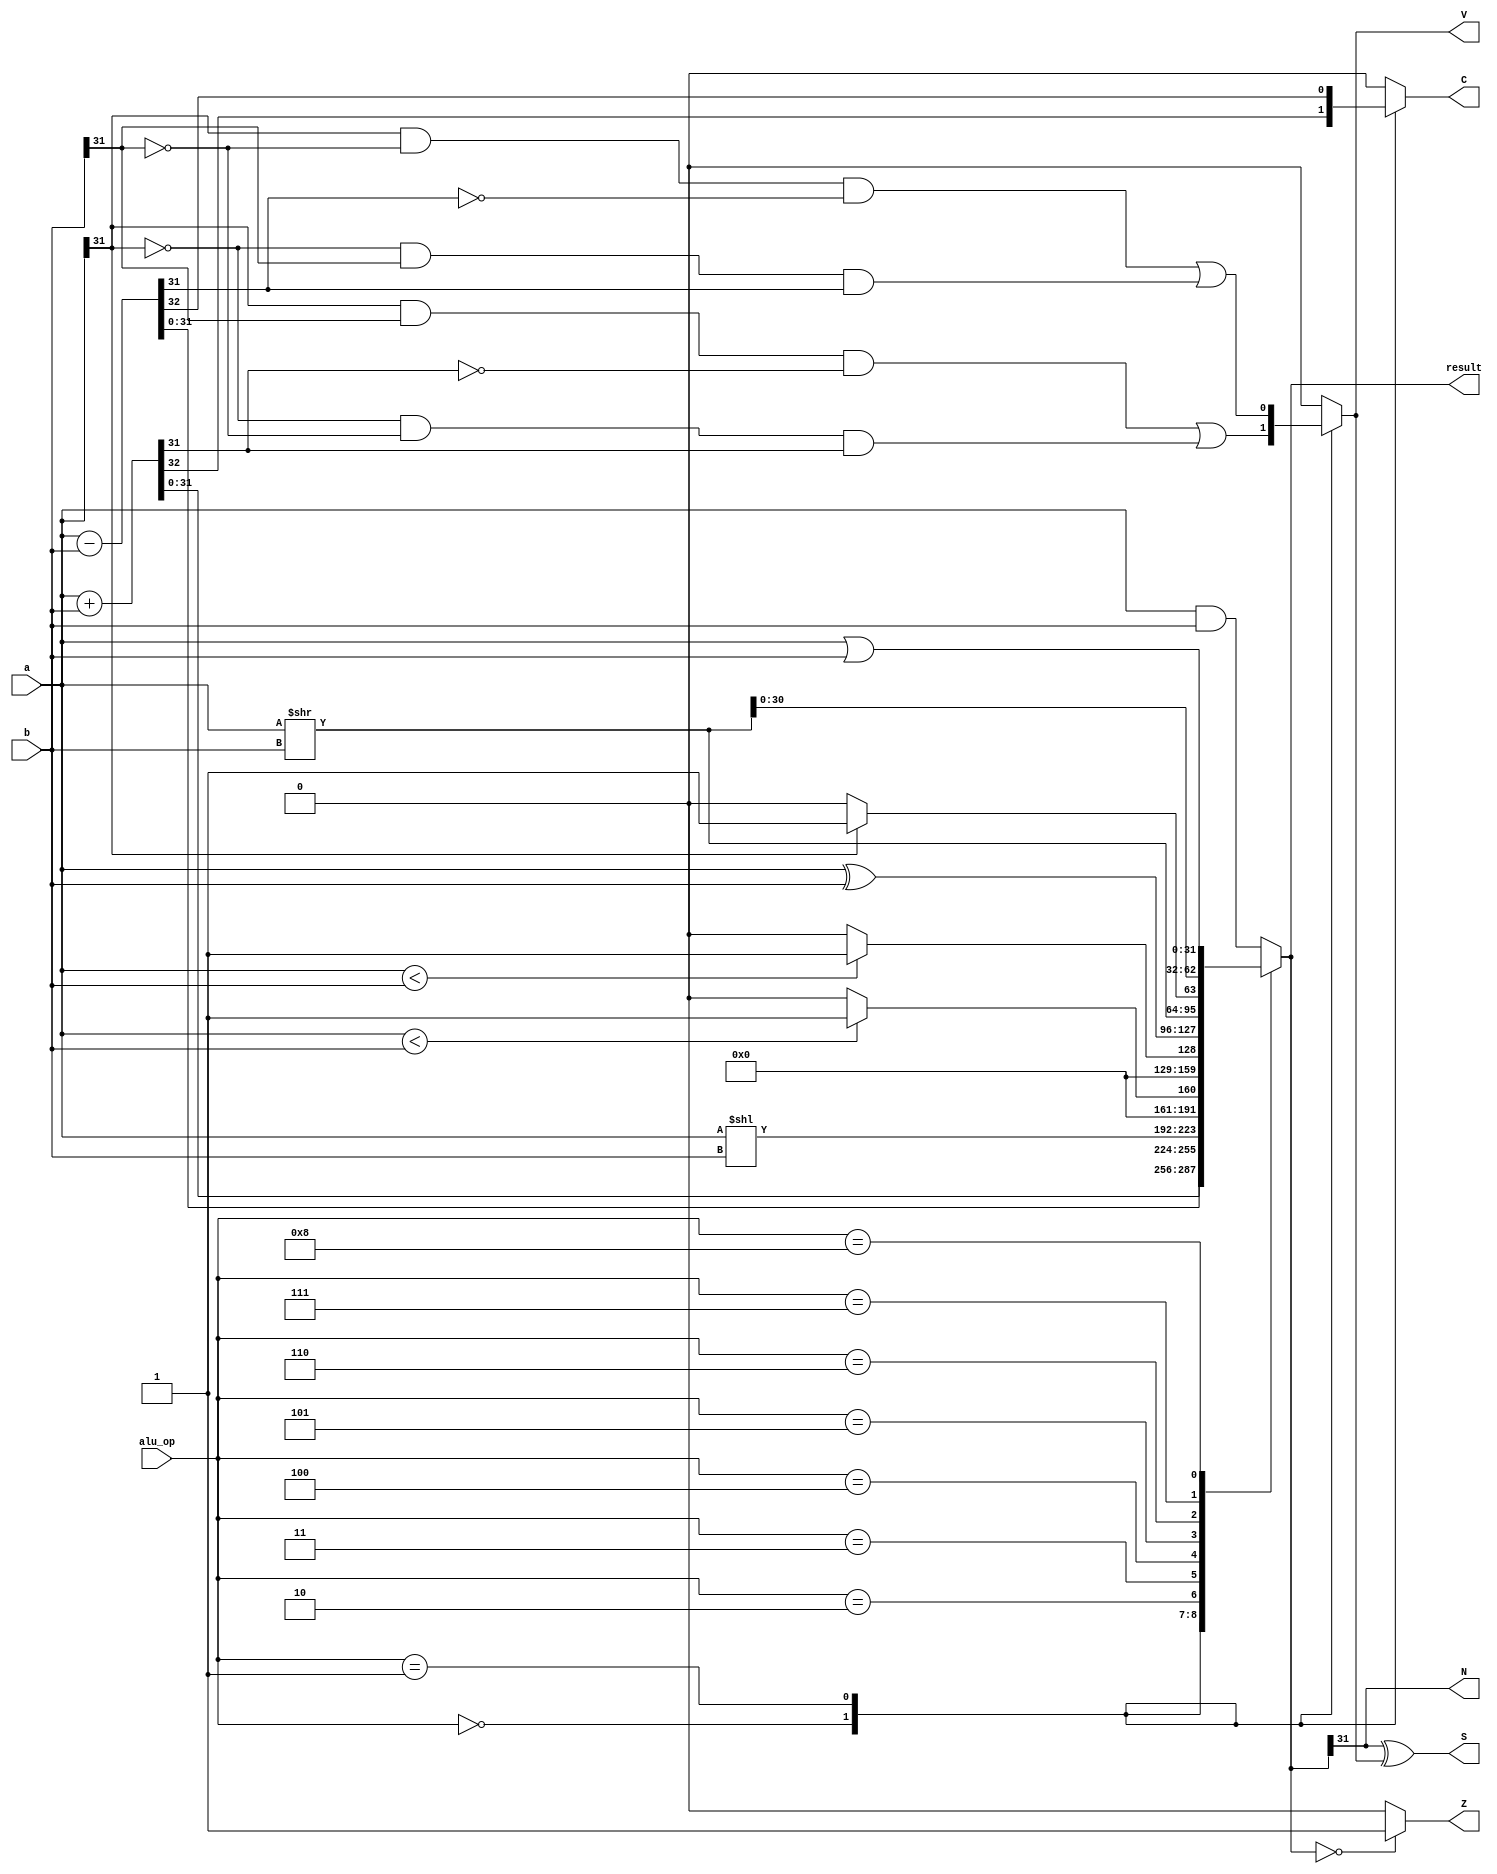
module alu(
    input [31:0] a,
    input [31:0] b,
    input [3:0] alu_op,

    output reg [31:0] result,
    output Z,
    output N,
    output S,
    output reg C,
    output reg V
);

wire [31:0] shr = a >> b;

always @(*) begin
    C = 1'b0;
    V = 1'b0;

    case (alu_op)
        4'b0000: begin  // Add
            {C, result} = a + b;
            V = (a[31] & b[31] & !result[31]) | (!a[31] & !b[31] & result[31]);
        end
        4'b0001: begin // Sub
            {C, result} = a - b;
            V = (a[31] & !b[31] & !result[31]) | (!a[31] & b[31] & result[31]);
        end
        4'b0010: result = a << b; // SLL
        4'b0011: begin // SLT
            result = ($signed(a) <  $signed(b)) ? 32'b1 : 32'b0;
        end
        4'b0100: begin // SLTU
            result = ($unsigned(a) <  $unsigned(b)) ? 32'b1 : 32'b0;
        end
        4'b0101: result = a ^ b; // XOR
        4'b0110: result = a >> b; // SRL
        4'b0111: result = {(a[31] ? 1'b1: 1'b0), shr[30:0] }; // SRA
        4'b1000: result = a | b;
        default: result = a & b;
    endcase
end

assign Z = (result == 32'b0) ? 1'b1 : 1'b0;
assign N = result[31];
assign S = N ^ V;


endmodule